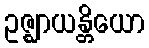
ဥဇ္ဈာယန္တိယော